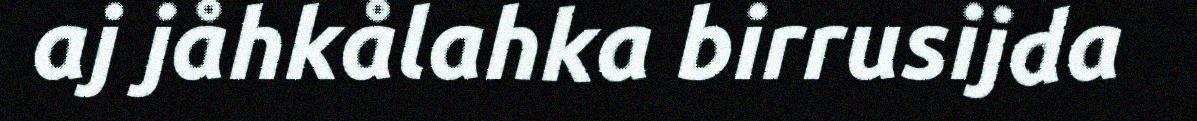
aj jåhkålahka birrusijda